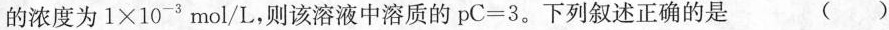
的浓度为 $$1 \times 1 0 ^ { - 3 } m o l / L$$ ，则该溶液中溶质的 $$p C = 3$$ 。下列叙述正确的是 ( )